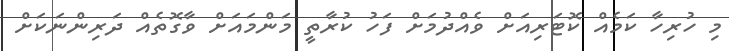
މި ހުރިހާ ކަމެއް ކޮޓަރިއަށް ވެއްދުމަށް ފަހު ކުރާތީ މަންމައަށް ވާގޮތެއް ދަރިންނަކަށް